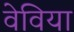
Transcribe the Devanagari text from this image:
वेविया